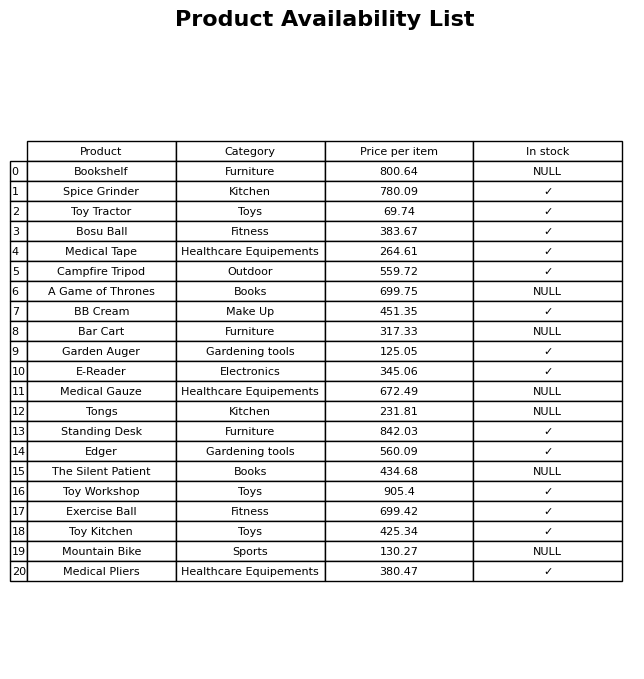
question: What is the price for Toy Tractor?
answer: The price of Toy Tractor is 69.74.